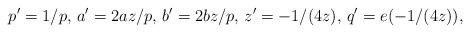
LaTeX: \begin{align*}p'=1/p\textrm{, }a'=2az/p\textrm{, }b'=2bz/p\textrm{, }z'=-1/(4z)\textrm{, }q'=e(-1/(4z)),\end{align*}